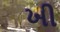
ખી